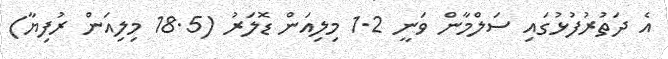
އެ ދަތުރުފުޅުގައި ސަލްމާން ވަނީ 1.2 މިލިއަން ޑޮލަރު (18.5 މިލިއަން ރުފިޔާ)